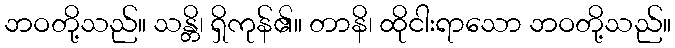
ဘဝတို့သည်။ သန္တိ၊ ရှိကုန်၏။ တာနိ၊ ထိုငါးရာသော ဘဝတို့သည်။